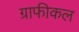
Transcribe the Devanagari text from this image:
ग्राफीकल